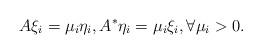
LaTeX: \begin{align*} A\xi_i = \mu_i \eta_i, A^*\eta_i = \mu_i \xi_i, \forall \mu_i > 0.\end{align*}